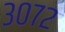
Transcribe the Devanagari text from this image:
३०७२